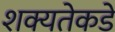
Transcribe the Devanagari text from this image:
शक्यतेकडे